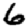
Digit: 6